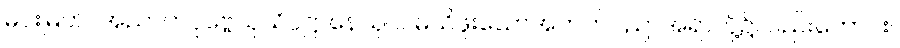
မင်းမြတ်။ အညာတပုဗ္ဗေသုသိပ္ပဋ္ဌာနေသုဝါ၊ မသိဖူးသောအတတ်ပညာအရာတို့၌လည်းကောင်း။